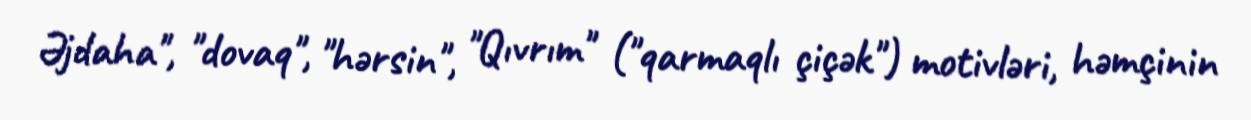
Əjdaha", "dovaq", "hərsin", "Qıvrım" ("qarmaqlı çiçək") motivləri, həmçinin